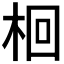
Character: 𣑩